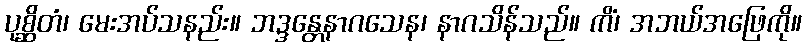
ပုစ္ဆိတံ၊ မေးအပ်သနည်း။ ဘဒ္ဒန္တေနာဂသေန၊ နာဂသိန်သည်။ ကိံ၊ အဘယ်အဖြေကို။